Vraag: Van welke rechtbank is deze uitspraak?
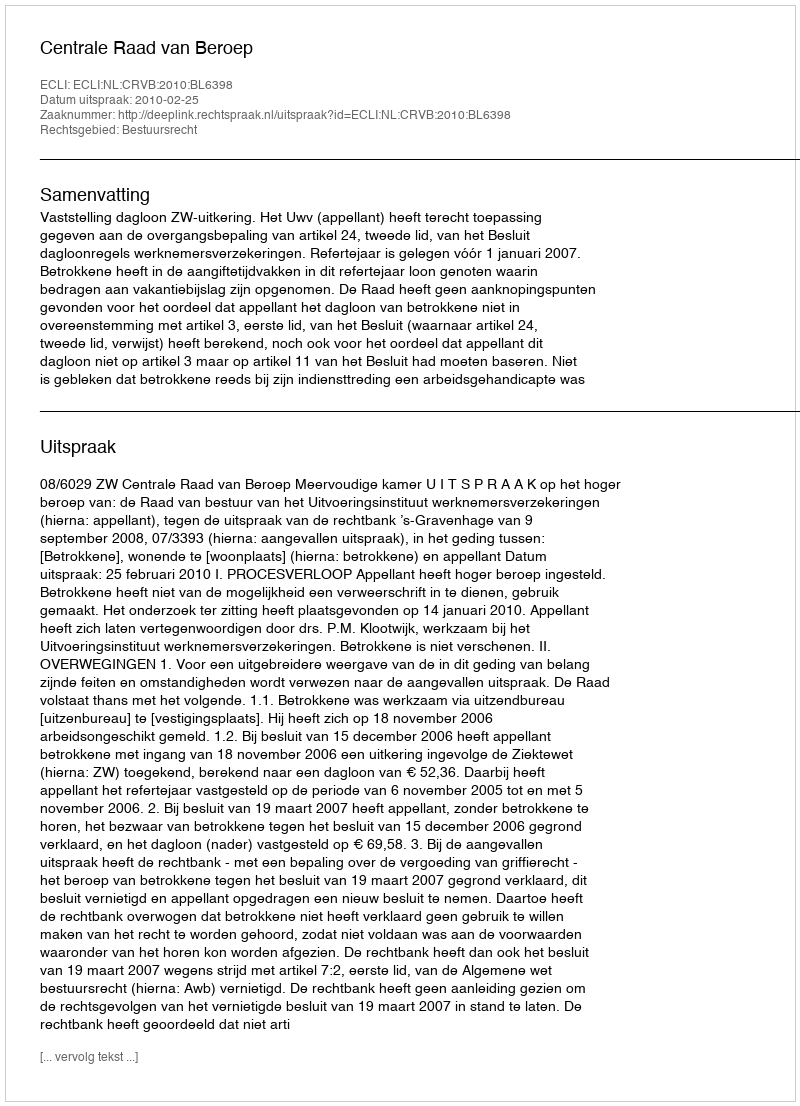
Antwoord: Centrale Raad van Beroep